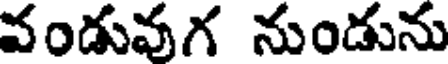
వండువుగ నుండును